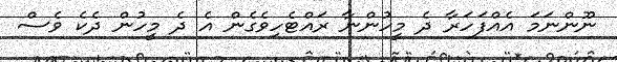
ނޫންނަމަ އެއްފަހަރާ ދެ މީހުންނާ ރައްޓެހިވެގެން އެ ދެ މީހުން ދެކެ ވެސް